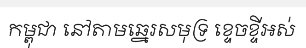
កម្ពុជា នៅតាមឆ្នេរសមុទ្រ ខ្ទេចខ្ទីអស់